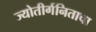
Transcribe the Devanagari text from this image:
ज्योतीर्गनिताचा